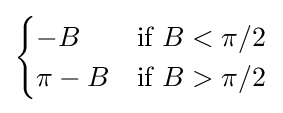
{\begin{cases}-B&{\text{if }}B<\pi /2\\\pi -B&{\text{if }}B>\pi /2\end{cases}}